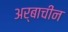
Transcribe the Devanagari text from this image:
अर्बाचीन